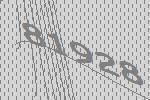
81928